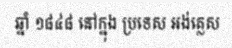
ឆ្នាំ ១៨៤៨ នៅក្នុង ប្រទេស អង់គ្លេស